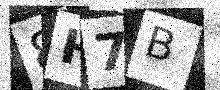
Text: 8H7B